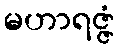
မဟာရဇ္ဇံ